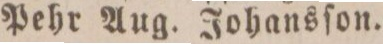
Pehr Aug. Johansſon.